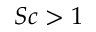
S c > 1